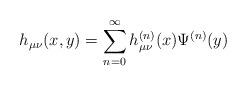
LaTeX: \begin{align*}h_{\mu \nu }(x,y)=\sum_{n=0}^{\infty }h_{\mu \nu }^{(n)}(x)\Psi ^{(n)}(y)\end{align*}